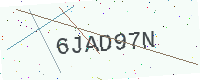
Text: 6JAD97N